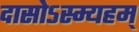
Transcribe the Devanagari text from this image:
दासोऽस्म्यहम्